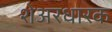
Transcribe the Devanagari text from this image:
शेअरधारक